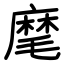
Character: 麾